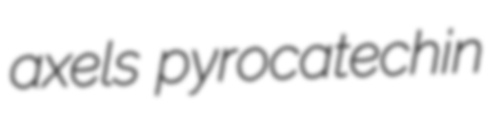
axels pyrocatechin